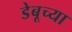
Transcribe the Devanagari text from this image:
डेबूच्या